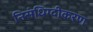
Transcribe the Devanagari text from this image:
निसंधिग्दीकरण